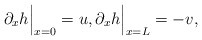
\begin{align*} \partial_x h\Big\vert_{x=0} = u, \partial_x h\Big\vert_{x=L} = -v,\end{align*}